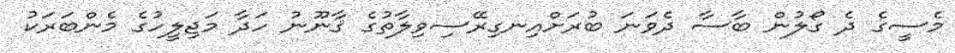
މެސީގެ ދެ ގޯލުން ބާސާ ދެވަނަ ބުރަށްއިނގިރޭސިވިލާތުގެ ޤާނޫނު ހަދާ މަޖިލީހުގެ މެންބަރަކު